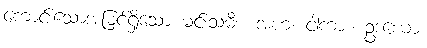
ကောင်းသောအမြင်ရှိသော မင်းသမီး။ အဟံ၊ ငါကား။ ဥဒယော၊